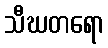
သီဃတရော